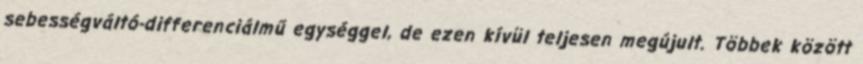
sebességváltó-differenciálmű egységgel, de ezen kívül teljesen megújult. Többek között